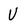
Character: U